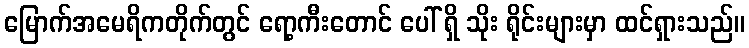
မြောက်အမေရိကတိုက်တွင် ရော့ကီးတောင် ပေါ် ရှိ သိုး ရိုင်းများမှာ ထင်ရှားသည်။